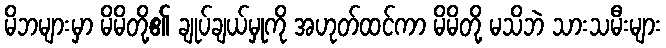
မိဘများမှာ မိမိတို့၏ ချုပ်ချယ်မှုကို အဟုတ်ထင်ကာ မိမိတို့ မသိဘဲ သားသမီးများ